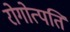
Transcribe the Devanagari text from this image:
रोगोत्पति